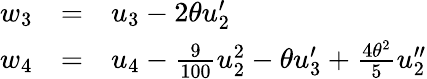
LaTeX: \begin{array}{lcl}{{w_{3}}}&{{=}}&{{u_{3}-2\theta u_{2}^{\prime}}}\\ {{w_{4}}}&{{=}}&{{u_{4}-\frac{9}{100}u_{2}^{2}-\theta u_{3}^{\prime}+\frac{{4\theta^{2}}}{5}u_{2}^{\prime\prime}}}\end{array}